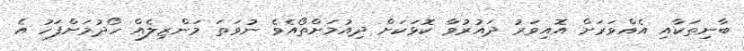
ބާނިތަކާއި އެއްވަރަށް އޮއިވަރު ދައުރުވާ ކޮޅަކަށް ދިއުމަށްތޯއެވެ ނުވަތަ މަންޒިލެއް ހޯދުމަށްފަހު އެ